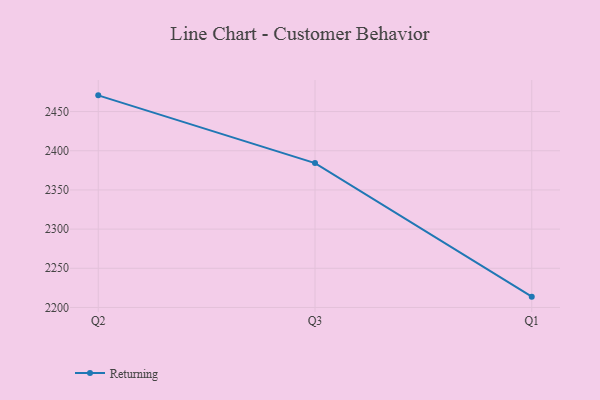
{"axis": {"x": "Quarter", "y": "Latency (ms)"}, "legend": ["Returning"], "data": [{"x": "Q2", "y": 2470.7, "type": "Returning"}, {"x": "Q3", "y": 2384.3, "type": "Returning"}, {"x": "Q1", "y": 2213.8, "type": "Returning"}]}